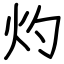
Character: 灼